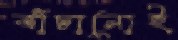
বাঁচানোই